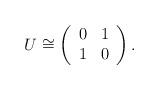
LaTeX: \begin{align*}U\cong\left(\begin{array}{cc}0&1\\1&0\end{array}\right). \end{align*}